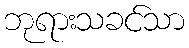
ဘုရားသခင်သာ